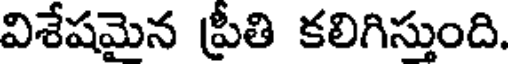
విశేషమైన ప్రీతి కలిగిస్తుంది.